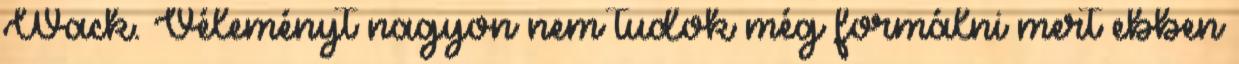
Wack. Véleményt nagyon nem tudok még formálni mert ebben